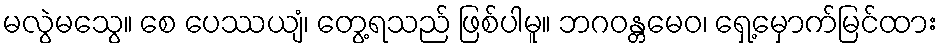
မလွဲမသွေ။ စေ ပေဿယျံ၊ တွေ့ရသည် ဖြစ်ပါမူ။ ဘဂဝန္တမေဝ၊ ရှေ့မှောက်မြင်ထား